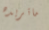
ماتريده